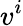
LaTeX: v^{i}